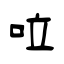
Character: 㕸